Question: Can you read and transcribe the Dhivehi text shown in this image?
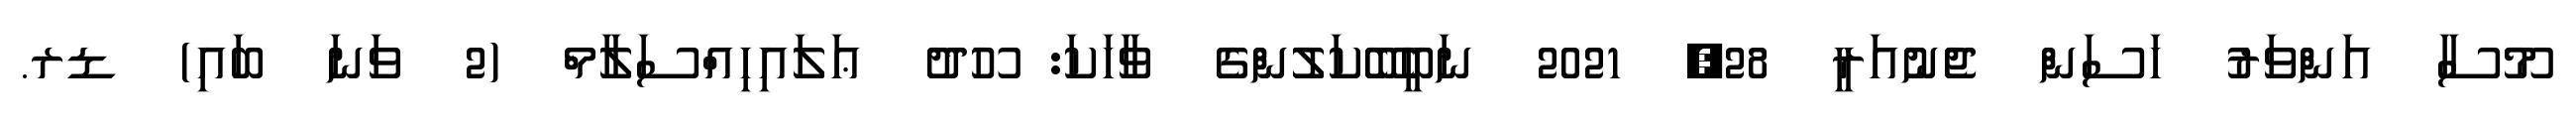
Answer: މޫސާ އަންވަރު ހަސަން ޖެނުއަރީ 28, 2021 ނަބީބޭކަލުންގެ ވާހަކަ: ހޫދު ޢަލައިހިއްސަލާމް (2 ވަނަ ބައި) ޑރ.